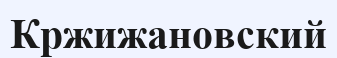
Кржижановский